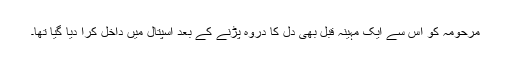
مرحومہ کو اس سے ایک مہینہ قبل بھی دل کا دروہ پڑنے کے بعد اسپتال میں داخل کرا دیا گیا تھا۔